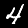
Label: 4